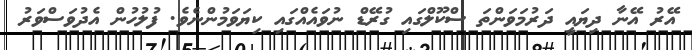
އޭރު އޭނާ ދިޔައީ ދަރުމަވަންތަ ސްކޫލްގައި ގުރޭޑް ނުވައެއްގައި ކިޔަވަމުންނެވެ. ފުލުހުން އެދުވަސްވަރު